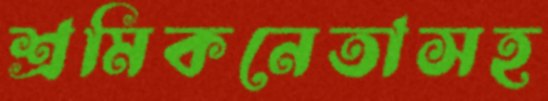
শ্রমিকনেতাসহ